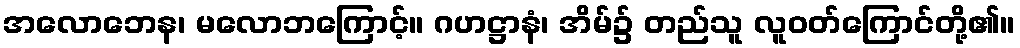
အလောဘေန၊ မလောဘကြောင့်။ ဂဟဋ္ဌာနံ၊ အိမ်၌ တည်သူ လူဝတ်ကြောင်တို့၏။